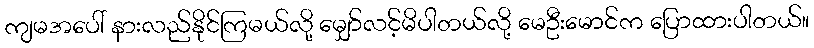
ကျမအပေါ် နားလည်နိုင်ကြမယ်လို့ မျှော်လင့်မိပါတယ်လို့ မေဦးမောင်က ပြောထားပါတယ်။